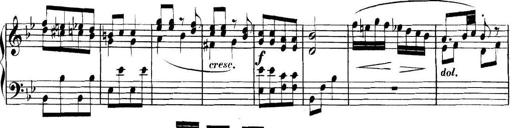
Title: Collected Piano Sonatas
Composer: Muzio Clementi